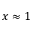
x \approx 1